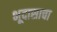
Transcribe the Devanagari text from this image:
भूदासाचा